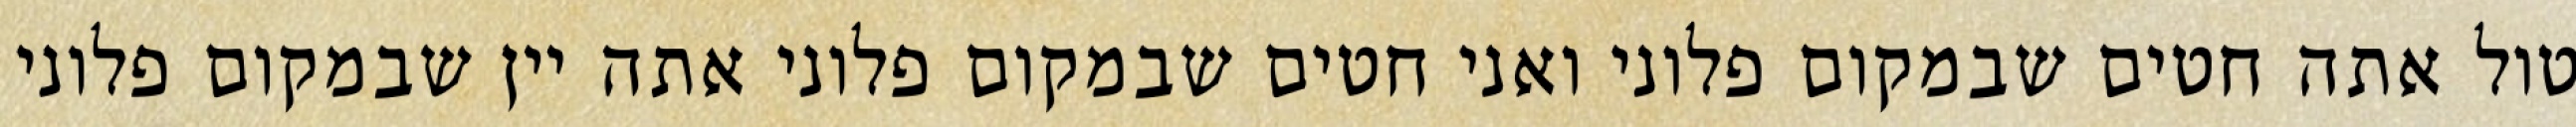
טול אתה חטים שבמקום פלוני ואני חטים שבמקום פלוני אתה יין שבמקום פלוני